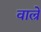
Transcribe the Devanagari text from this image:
वाल्रे